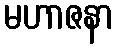
မဟာဇနာ